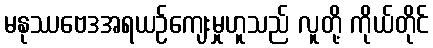
မနုဿဗေဒအရယဉ်ကျေးမှုဟူသည် လူတို့ ကိုယ်တိုင်